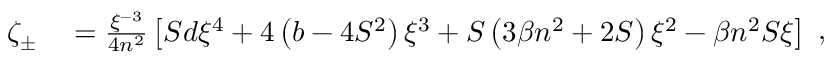
\begin{array} { r l } { \zeta _ { \pm } } & { { } = \frac { \xi ^ { - 3 } } { 4 n ^ { 2 } } \left[ S d \xi ^ { 4 } + 4 \left( b - 4 S ^ { 2 } \right) \xi ^ { 3 } + S \left( 3 \beta n ^ { 2 } + 2 S \right) \xi ^ { 2 } - \beta n ^ { 2 } S \xi \right] } \end{array} ,